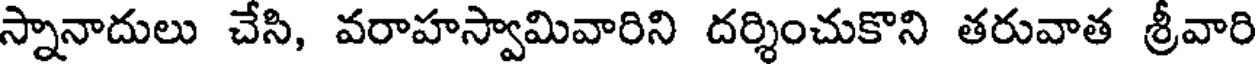
స్నానాదులు చేసి, వరాహస్వామివారిని దర్శించుకొని తరువాత శ్రీవారి